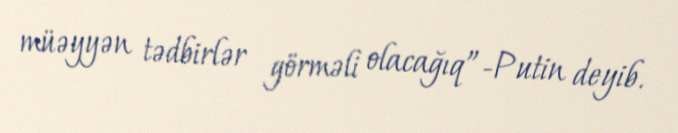
müəyyən tədbirlər görməli olacağıq”-Putin deyib.